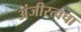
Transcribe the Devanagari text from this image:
अंजीरत्वचा